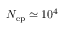
N _ { \mathrm { e p } } \simeq 1 0 ^ { 4 }